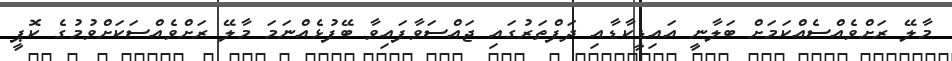
މާލޭ ރަށްވެއްސެއްކަމަށް ބަލާނީ އައިޑީކާޑާއި ދަފްތަރުގައި ޖައްސަވާފައިވާ ބޭފުޅެއްނަމަ މާލޭ ރަށްވެއްސަކަށްވުމުގެ ކޮޕީ